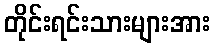
တိုင်းရင်းသားများအား